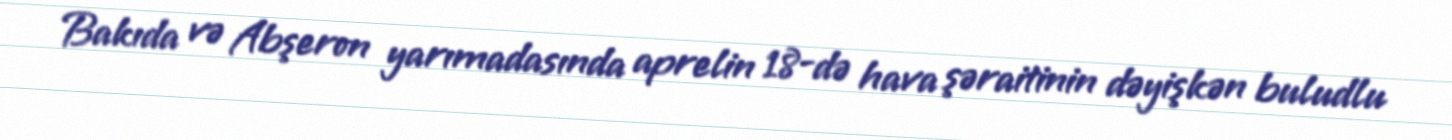
Bakıda və Abşeron yarımadasında aprelin 18-də hava şəraitinin dəyişkən buludlu